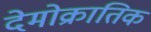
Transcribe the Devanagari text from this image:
देमोक्रातिक